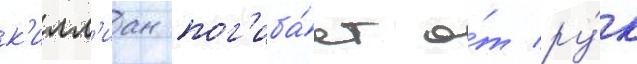
к'илл'иан пог'иба́ет о́т ру́к